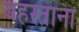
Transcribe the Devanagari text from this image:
बहरताना